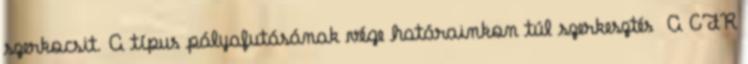
szerkocsit. A típus pályafutásának vége határainkon túl szerkesztés A CFR